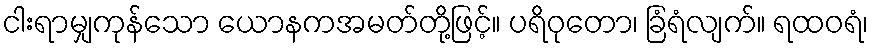
ငါးရာမျှကုန်သော ယောနကအမတ်တို့ဖြင့်။ ပရိဝုတော၊ ခြံရံလျက်။ ရထဝရံ၊